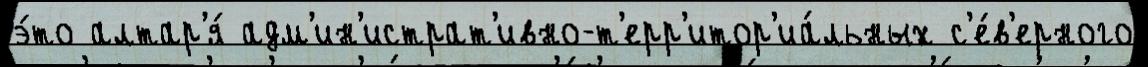
э́то алтар'я́ адм'ин'истрат'ивно-т'ерр'итор'иа́льных с'е́в'ерного